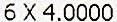
6 X 4.0000